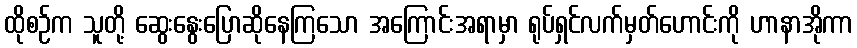
ထိုစဉ်က သူတို့ ဆွေးနွေးပြောဆိုနေကြသော အကြောင်းအရာမှာ ရုပ်ရှင်လက်မှတ်ဟောင်းကို ဟာနာအိုကာ